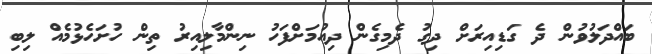
ބައްދަލުވުން ދެ ގަޑިއިރަށް ދިގު ދެމިގެން ދިއުމަށްފަހު ނިންމާލިއިރު ތިން ހުށަހެޅުމެއް ލިބި